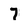
Character: 7